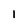
Character: 1